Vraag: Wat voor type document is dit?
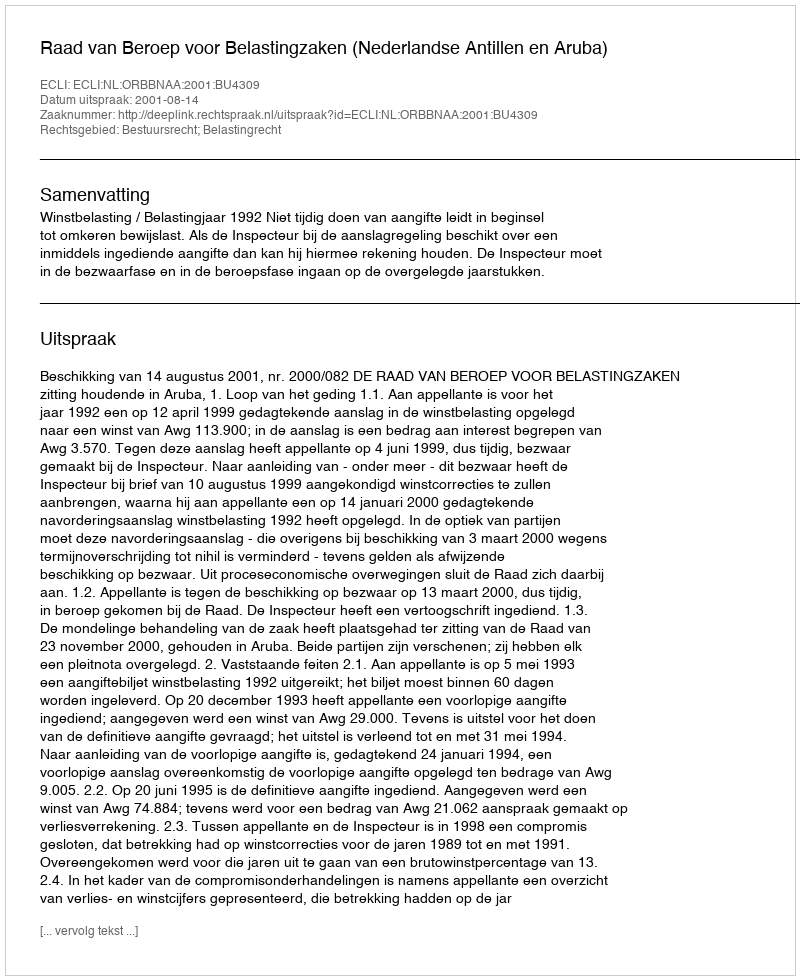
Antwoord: Uitspraak